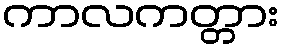
ကာလကတ္တား